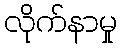
လိုက်နာမှု